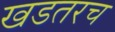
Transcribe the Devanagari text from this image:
खडतरच